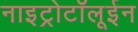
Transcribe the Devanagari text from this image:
नाइट्रोटॉलूईन